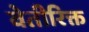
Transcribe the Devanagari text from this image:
वेतीरिक्त